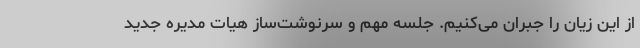
از این زیان را جبران می‌کنیم. جلسه مهم و سرنوشت‌ساز هیات مدیره جدید